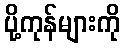
ပို့ကုန်များကို